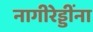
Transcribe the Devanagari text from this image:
नागीरेड्डींना